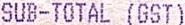
SUB-TOTAL (GST)